Civil Veterinary Dept. Bombay admin report 1907-1913 - 1907-1913
Year: 1907
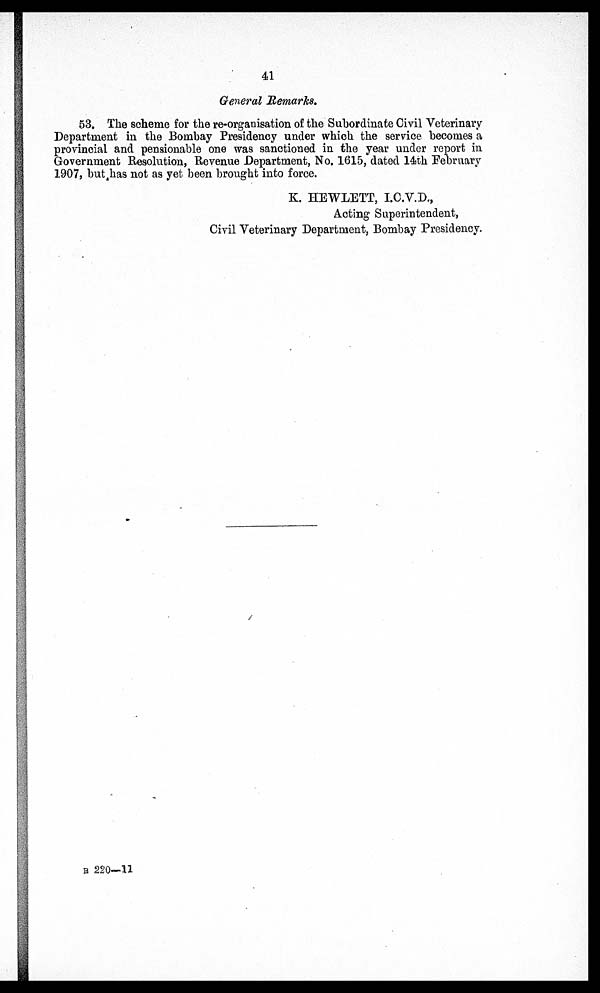
41
General Remarks.
53. The scheme for the re-organisation of the Subordinate Civil Veterinary
Department in the Bombay Presidency under which the service becomes a
provincial and pensionable one was sanctioned in the year under report in
Government Resolution, Revenue Department, No. 1615, dated 14th February
1907, but has not as yet been brought into force.
K. HEWLETT, I.C.V.D.,
Acting Superintendent,
Civil Veterinary Department, Bombay Presidency.
B 220—11